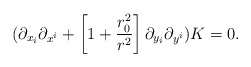
\begin{align*} (\partial_{x_i} \partial_{x^i}+\left[ 1 + {{r_0^2} \over {r^2}}\right] \partial_{y_i} \partial_{y^i}) K =0.\end{align*}